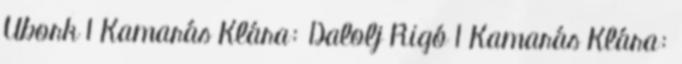
Ubork 1 Kamarás Klára: Dalolj Rigó 1 Kamarás Klára: